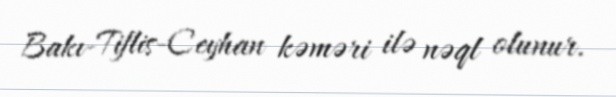
Bakı-Tiflis-Ceyhan kəməri ilə nəql olunur.